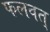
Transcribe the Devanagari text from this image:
फलवत्